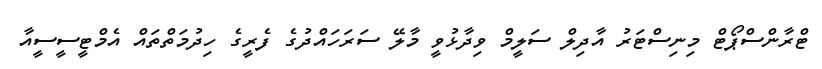
ޓްރާންސްޕޯޓް މިނިސްޓަރު އާދިލް ސަލީމް ވިދާޅުވީ މާލޭ ސަރަހައްދުގެ ފެރީގެ ހިދުމަތްތައް އެމްޓީސީސީއާ